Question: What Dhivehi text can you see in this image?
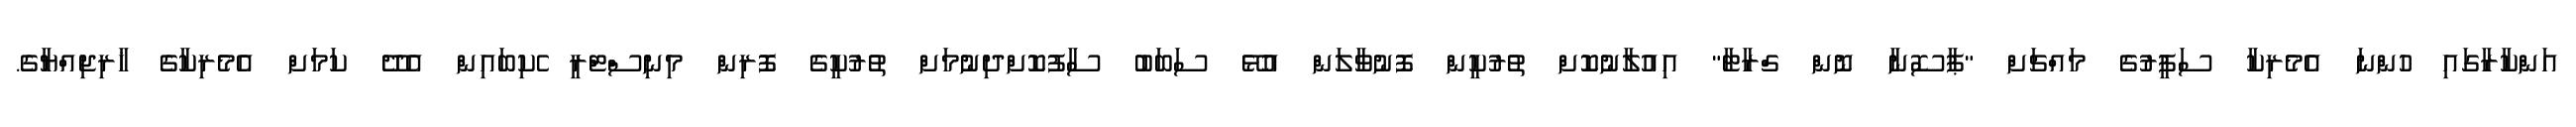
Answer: އަންކާރާގައި ހުންނަ އެމެރިކާ ސަފީރުގެ މައްޗަށް "ޕާސޮނާ ނޮން ގްރާޓާ" އިއުލާނުކޮށް ތުރުކީން ފޮނުވާލަން އުޅޭ ސަބަބު ސާފުކޮށްދިނުމަށް ތުރުކީގެ ފޮރިން މިނިސްޓްރީ ެކިބައިން އެދޭ ކަމަށް އެމެރިކާގެ ޚާރިޖިއްޔާގެ.